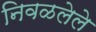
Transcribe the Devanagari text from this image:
निवळलेले